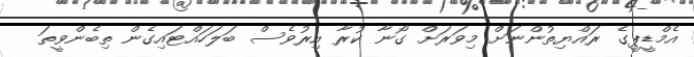
އެމްޑީޕީގެ ރައްޔިތުންނަށް މިވަރަށް ގޯނާ ކުރާ އިރުވެސް ބަލަހައްޓައިގެން ތިބެންވީތަ